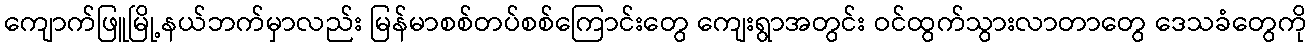
ကျောက်ဖြူမြို့နယ်ဘက်မှာလည်း မြန်မာစစ်တပ်စစ်ကြောင်းတွေ ကျေးရွာအတွင်း ဝင်ထွက်သွားလာတာတွေ ဒေသခံတွေကို